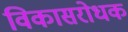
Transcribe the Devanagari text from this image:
विकासरोधक